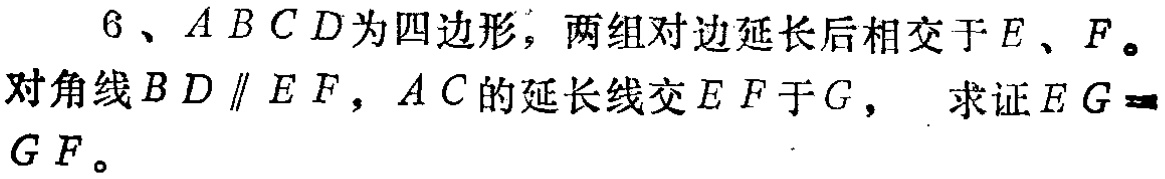
6、$ABCD$为四边形，两组对边延长后相交于$E$、$F$。
对角线$BD\parallel EF$，$AC$的延长线交$EF$于$G$， 求证$EG = GF$。